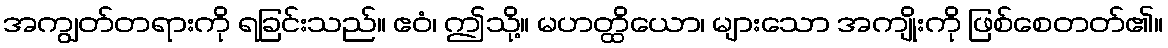
အကျွတ်တရားကို ရခြင်းသည်။ ဧဝံ၊ ဤသို့။ မဟတ္ထိယော၊ များသော အကျိုးကို ဖြစ်စေတတ်၏။